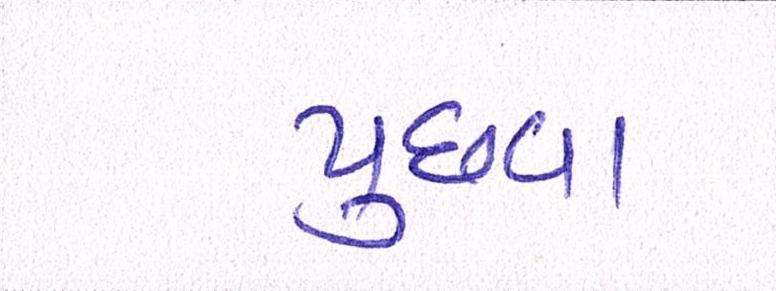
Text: પુછવા